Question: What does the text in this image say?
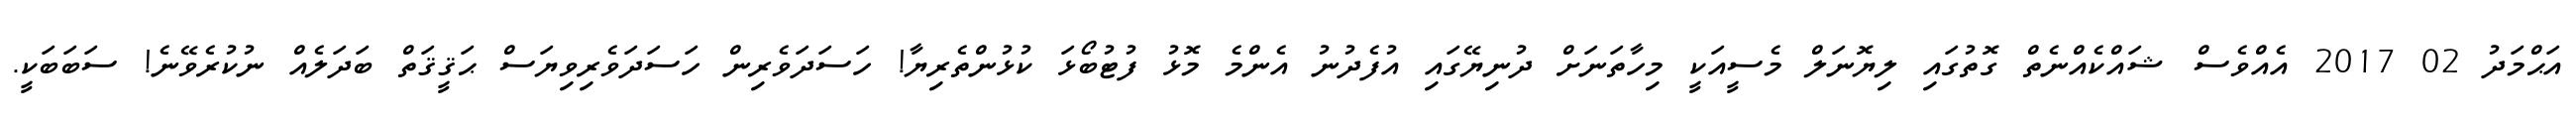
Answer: އަޙްމަދު 02 2017 އެއްވެސް ޝައްކެއްނެތް ގޮތުގައި ލިޔޮނަލް މެސީއަކީ މިހާތަނަށް ދުނިޔޭގައި އުފެދުނު އެންމެ މޮޅު ފުޓުބޯޅަ ކުޅުންތެރިޔާ! ހަސަދަވެރިން ހަސަދަވެރިވިޔަސް ޙަޤީޤަތް ބަދަލެއް ނުކުރެވޭނެ! ސަބަބަކީ.